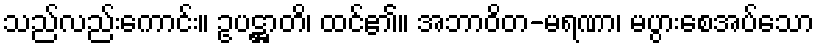
သည်လည်းကောင်း။ ဥပဋ္ဌာတိ၊ ထင်၏။ အဘာဝိတ-မရဏာ၊ မပွားစေအပ်သော